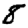
Digit: 8